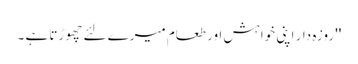
'' روزہ دار اپنی خواہش اور طعام میرے لئے چھوڑتا ہے ۔